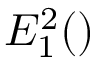
E _ { 1 } ^ { 2 } ( \v r )